King Institute of Preventive Medicine Micro-Biological Section reports 1909-11
Year: 1909
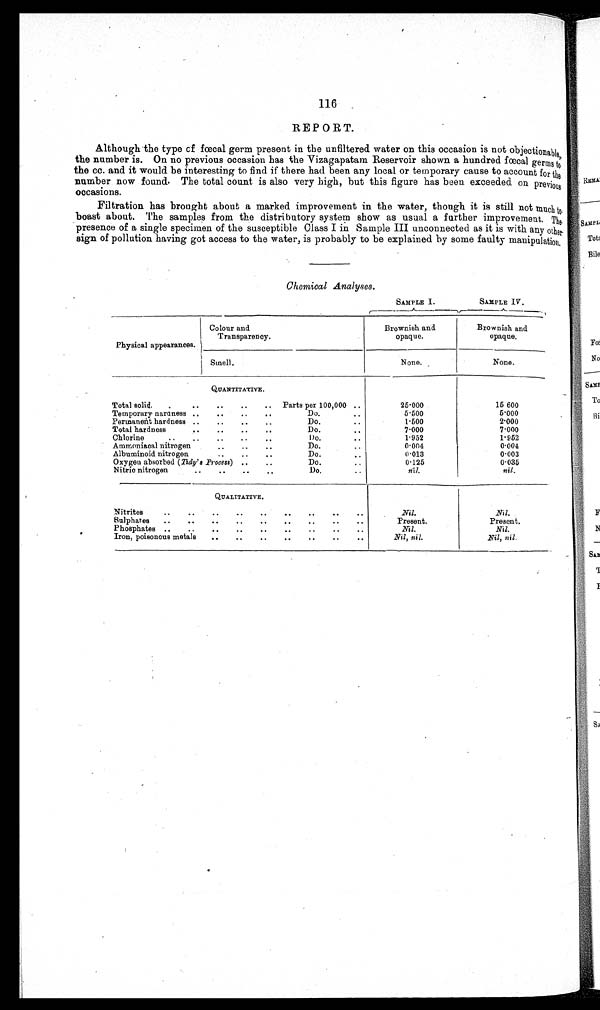
116
REPORT.
Although the type of fœcal germ present in the unfiltered water on this occasion is not objectionable,
the number is. On no previous occasion has the Vizagapatam Reservoir shown a hundred fœcal germs to
the cc. and it would be interesting to find if there had been any local or temporary cause to account for the
number now found. The total count is also very high, hut this figure has been exceeded on previous
occasions.
Filtration has brought about a marked improvement in the water, though it is still not -much to
boast about. The samples from the distributory system show as usual a further improvement. The
presence of a single specimen of the susceptible Class I in Sample III unconnected as it is with any other
sign of pollution having got access to the water, is probably to be explained by some faulty manipulation,
Chemical Analyses.
SAMPLE I.
SAMPLE IV.
Physical appearances.
Colour and
Transparency.
Brownish and
opaque.
Brownish and
opaque.
Smell.
None.
None.
QUANTITATIVE.
Total solid_
..
..
..
.. Parts per 100,000 ..
25∙000
15 600
Temporary naraness ..
..
..
..
Do.
..
5∙500
5∙0 0 0
Permanent hardness ..
..
..
..
Do.
..
1∙500
2∙0 0 0
Total hardness
..
..
..
. .
Do.
..
7.000
7∙000
Chlorine
..
..
..
..
..
1)o.
1∙952
1∙952
Ammoniacal nitrogen
..
..
..
Do.
..
0∙004
0∙0 0 4
Albuminoid nitrogen
..
..
..
Do.
. .
0∙013
0∙0 0 3
Oxygen absorbed (Tidy's Process) ..
..
Do.
0∙125
0.035
Nitric nitrogen
..
..
..
..
Do.
..
nil.
nil.
QUALITATIVE.
Nitrites
..
..
..
..
..
..
..
..
..
Nil.
Nil.
Sulphates
..
..
..
..
..
..
..
. .
. .
Present.
Present.
Phosphates ..
..
..
..
..
..
..
..
. .
Nil.
Nil.
Iron, poisonous metals
..
..
..
..
..
..
..
Nil, nil.
.Nil, nil.